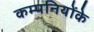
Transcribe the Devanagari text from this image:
कम्पनियोंके